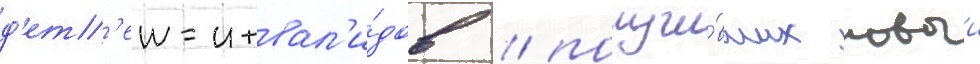
д'ет'еи-инвал'и́дов / получи́вших новыи